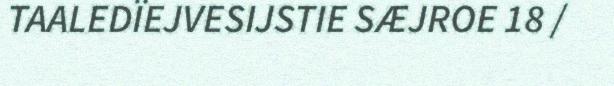
TAALEDÏEJVESIJSTIE SÆJROE 18 /